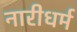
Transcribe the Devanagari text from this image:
नारीधर्म